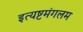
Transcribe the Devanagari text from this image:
इत्यष्टमंगलम